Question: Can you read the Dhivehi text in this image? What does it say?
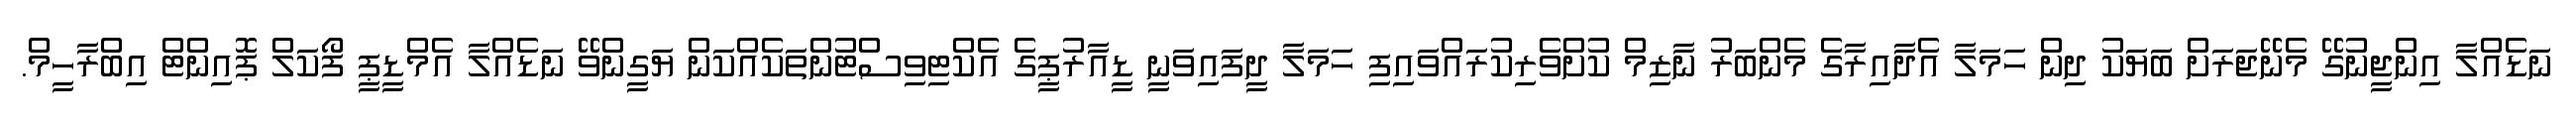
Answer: ނަޑެއްލާ އިންޖީނުގޭ މެނޭޖަރަށް ބަޔަކު ދިން ހަމަލާ އެދާއިރާގެ މެންބަރު ނާޒިމް ކުށްވެރިކުރައްވައިފި ހަމަލާ ދީފައިވަނީ ޑީއާރުޕީގެ އެކްޓިވިސްޓުންތަކެއްކަން ޔަގީންވޭ ނަޑެއްލާ އެމްޑީޕީ ފޯކަލް ޕޮއިންޓް އިބްރާހީމް.